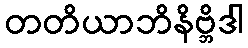
တတိယာဘိနိဗ္ဘိဒါ